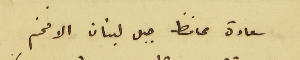
سعادة محافظ جبل لبنان الافخم